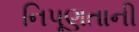
નિપૂણતાની